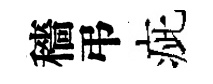
穡弔疵